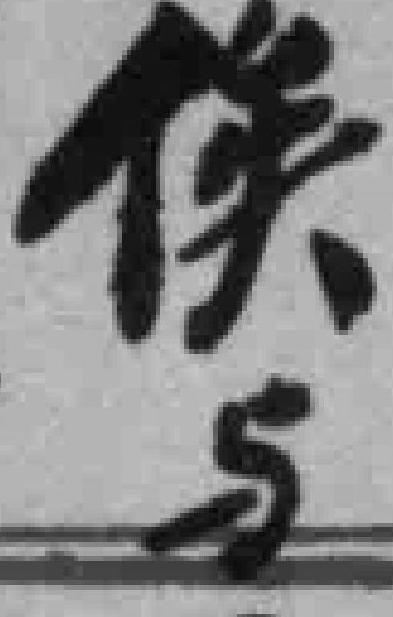
俟与